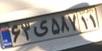
۶۳ی۵۸۷۱۱